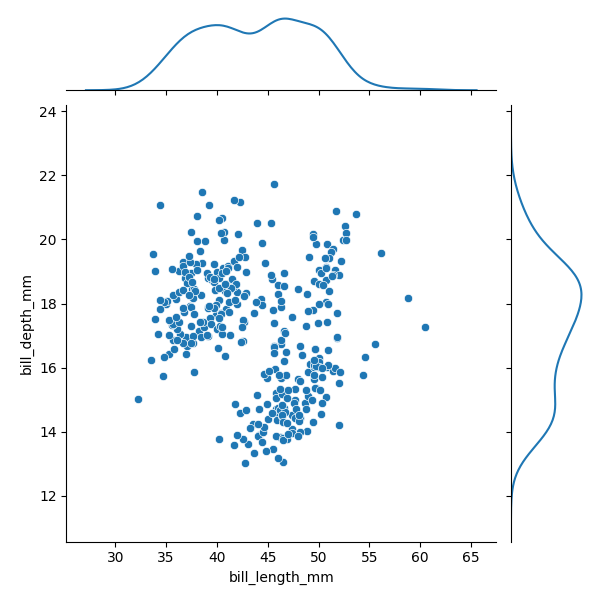
python, seaborn, JointGrid, scatterplot, kdeplot